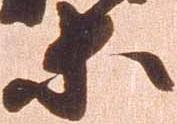
等